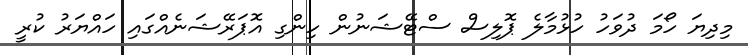
މިދިޔަ ހޯމަ ދުވަހު ހުޅުމާލެ ޕޮލިސް ސްޓޭޝަނުން ހިންގި އޮޕަރޭޝަނެއްގައި ހައްޔަރު ކުރީ